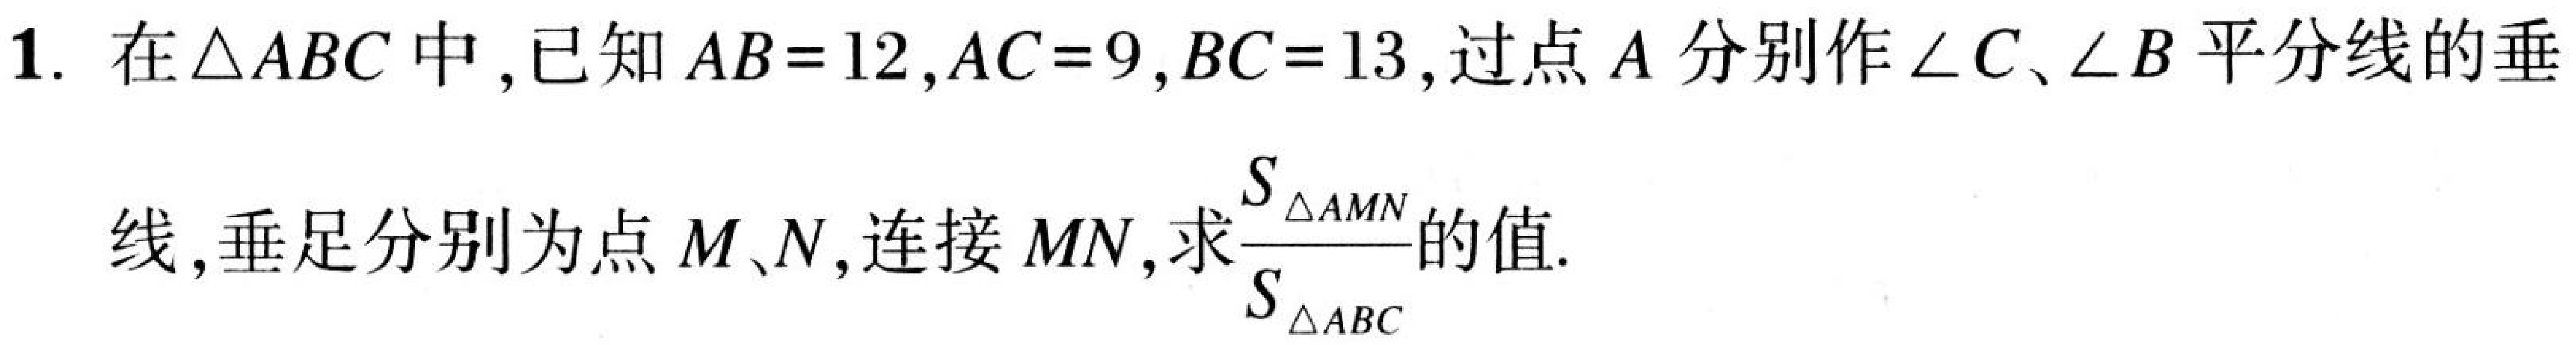
1. 在\(\triangle ABC\)中，已知\(AB = 12\)，\(AC = 9\)，\(BC = 13\)，过点\(A\)分别作\(\angle C\)、\(\angle B\)平分线的垂线，垂足分别为点\(M\)、\(N\)，连接\(MN\)，求\(\frac{S_{\triangle AMN}}{S_{\triangle ABC}}\)的值.